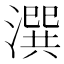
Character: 潠